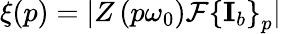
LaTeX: \xi(p)=\lvert Z\left(p\omega_{0}\right)\mathcal{F}\left\{ \mathbf{I}_{b}\right\} _{p}\rvert